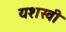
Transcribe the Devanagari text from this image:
यशस्‍वी